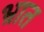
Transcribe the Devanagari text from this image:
भ्रात